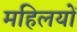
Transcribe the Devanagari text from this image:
महिलयों